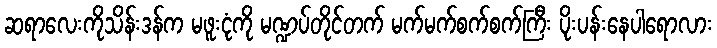
ဆရာလေးကိုသိန်းဒန်က မဖူးငုံကို မဏ္ဍပ်တိုင်တက် မက်မက်စက်စက်ကြီး ပိုးပန်းနေပါရောလား